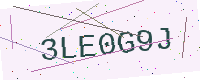
Text: 3LE0G9J